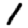
Digit: 1